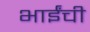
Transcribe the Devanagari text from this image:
भाईंची